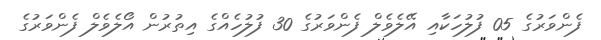
ފެންވަރުގެ 05 ފުލުހަކާއި އޭލެވެލް ފެންވަރުގެ 30 ފުލުހެއްގެ އިތުރުން އޯލެވެލް ފެންވަރުގެ